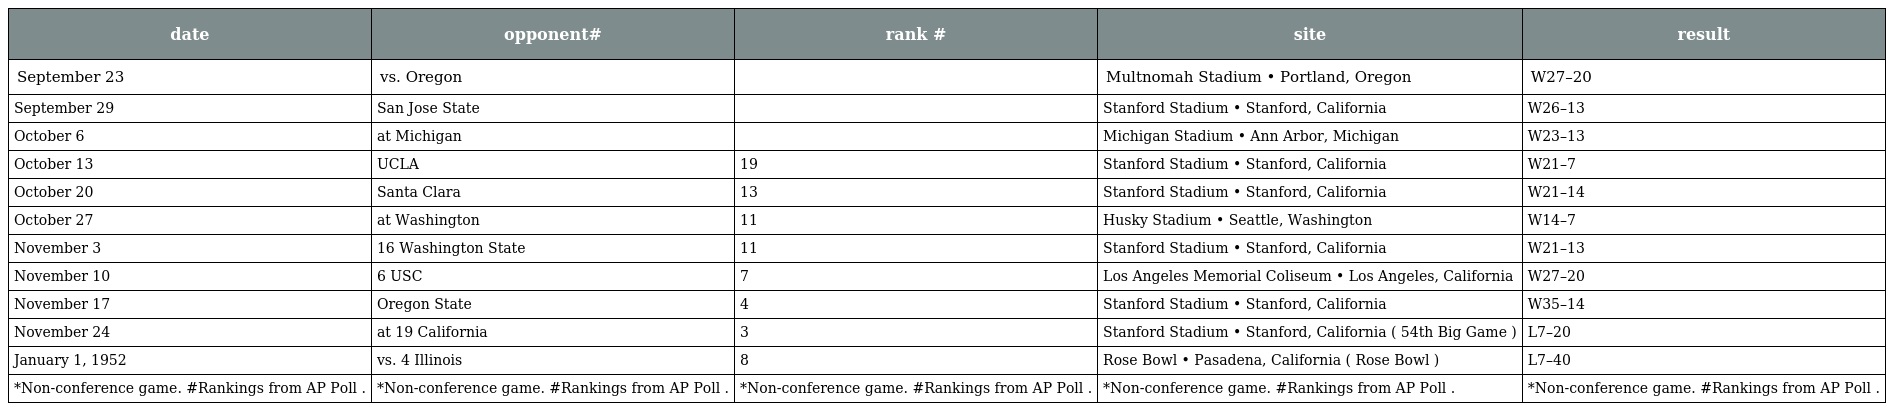
| date | opponent# | rank # | site | result |
 | --- | --- | --- | --- | --- |
 | September 23 | vs. Oregon |  | Multnomah Stadium • Portland, Oregon | W27–20 |
 | September 29 | San Jose State |  | Stanford Stadium • Stanford, California | W26–13 |
 | October 6 | at Michigan |  | Michigan Stadium • Ann Arbor, Michigan | W23–13 |
 | October 13 | UCLA | 19 | Stanford Stadium • Stanford, California | W21–7 |
 | October 20 | Santa Clara | 13 | Stanford Stadium • Stanford, California | W21–14 |
 | October 27 | at Washington | 11 | Husky Stadium • Seattle, Washington | W14–7 |
 | November 3 | 16 Washington State | 11 | Stanford Stadium • Stanford, California | W21–13 |
 | November 10 | 6 USC | 7 | Los Angeles Memorial Coliseum • Los Angeles, California | W27–20 |
 | November 17 | Oregon State | 4 | Stanford Stadium • Stanford, California | W35–14 |
 | November 24 | at 19 California | 3 | Stanford Stadium • Stanford, California ( 54th Big Game ) | L7–20 |
 | January 1, 1952 | vs. 4 Illinois | 8 | Rose Bowl • Pasadena, California ( Rose Bowl ) | L7–40 |
 | *Non-conference game. #Rankings from AP Poll . | *Non-conference game. #Rankings from AP Poll . | *Non-conference game. #Rankings from AP Poll . | *Non-conference game. #Rankings from AP Poll . | *Non-conference game. #Rankings from AP Poll . |